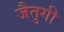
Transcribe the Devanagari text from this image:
जैतुगी